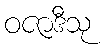
ဝဇာဒီသု